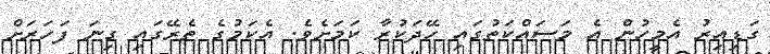
ގަޑިއިރު އެމީހުން އެ މަސައްކަތުގައި ހޭދަކުރާ ކަމަށެވެ. އެކަމުގެ ތެރޭގައި ގިނަ ފަހަރަށް